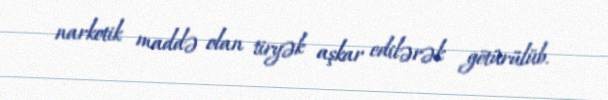
narkotik maddə olan tiryək aşkar edilərək götürülüb.